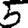
Digit: 5